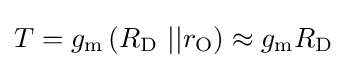
T=g_{\mathrm {m} }\left(R_{\mathrm {D} }\ ||r_{\mathrm {O} }\right)\approx g_{\mathrm {m} }R_{\mathrm {D} }\